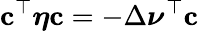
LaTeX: \mathbf{c}^{\top}\boldsymbol{\eta}\mathbf{c}=-\Delta\boldsymbol{\nu}^{\top}\mathbf{c}